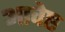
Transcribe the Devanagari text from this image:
आवेष्ट